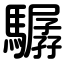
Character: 驏